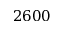
2 6 0 0